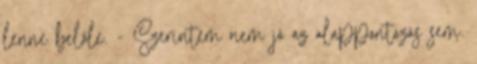
lenne belőle. - Szerintem nem jó az alappontozás sem.